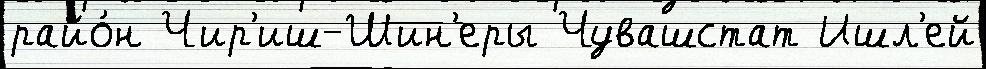
райо́н Чир'иш-Шин'еры Чувашстат Ишл'ей